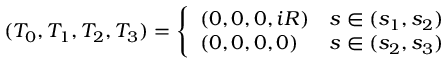
( T _ { 0 } , T _ { 1 } , T _ { 2 } , T _ { 3 } ) = \left\{ \begin{array} { l l } { { ( 0 , 0 , 0 , i R ) } } & { { s \in ( s _ { 1 } , s _ { 2 } ) } } \\ { { ( 0 , 0 , 0 , 0 ) } } & { { s \in ( s _ { 2 } , s _ { 3 } ) } } \end{array} \right.